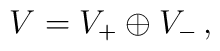
V=V_+\oplus V_-\,,